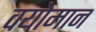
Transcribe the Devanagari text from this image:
वयोमान